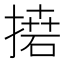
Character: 𢳭